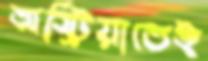
অস্ট্রিয়াতেই